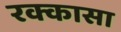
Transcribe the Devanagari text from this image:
रक्कासा